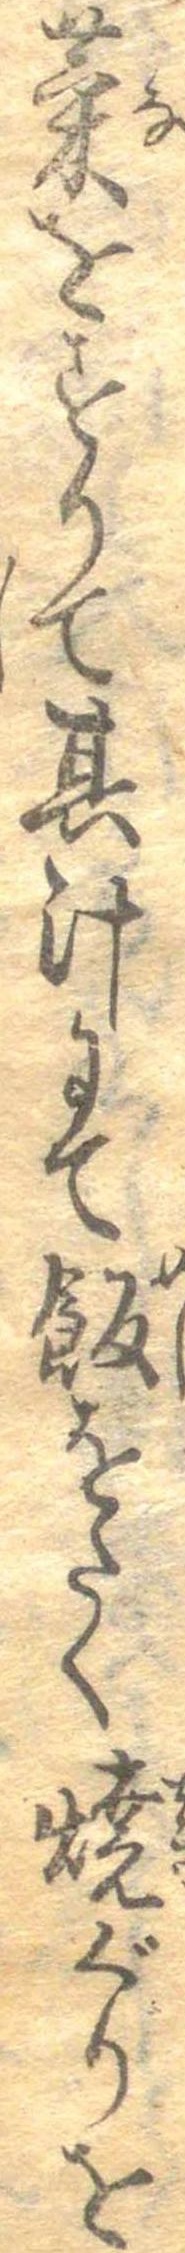
菜をすりて其汁にて飯をたく焼ぐりを